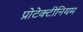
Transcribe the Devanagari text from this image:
प्रोटेक्टीनियम